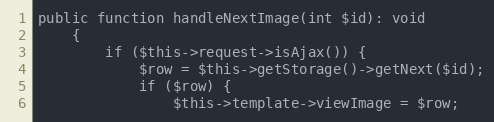
Language: PHP
public function handleNextImage(int $id): void
	{
		if ($this->request->isAjax()) {
			$row = $this->getStorage()->getNext($id);
			if ($row) {
				$this->template->viewImage = $row;